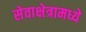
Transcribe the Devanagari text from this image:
सेवाक्षेत्रामध्ये